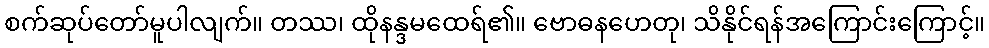
စက်ဆုပ်တော်မူပါလျက်။ တဿ၊ ထိုနန္ဒမထေရ်၏။ ဗောဓနဟေတု၊ သိနိုင်ရန်အကြောင်းကြောင့်။